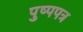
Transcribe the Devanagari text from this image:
पुष्पपत्र